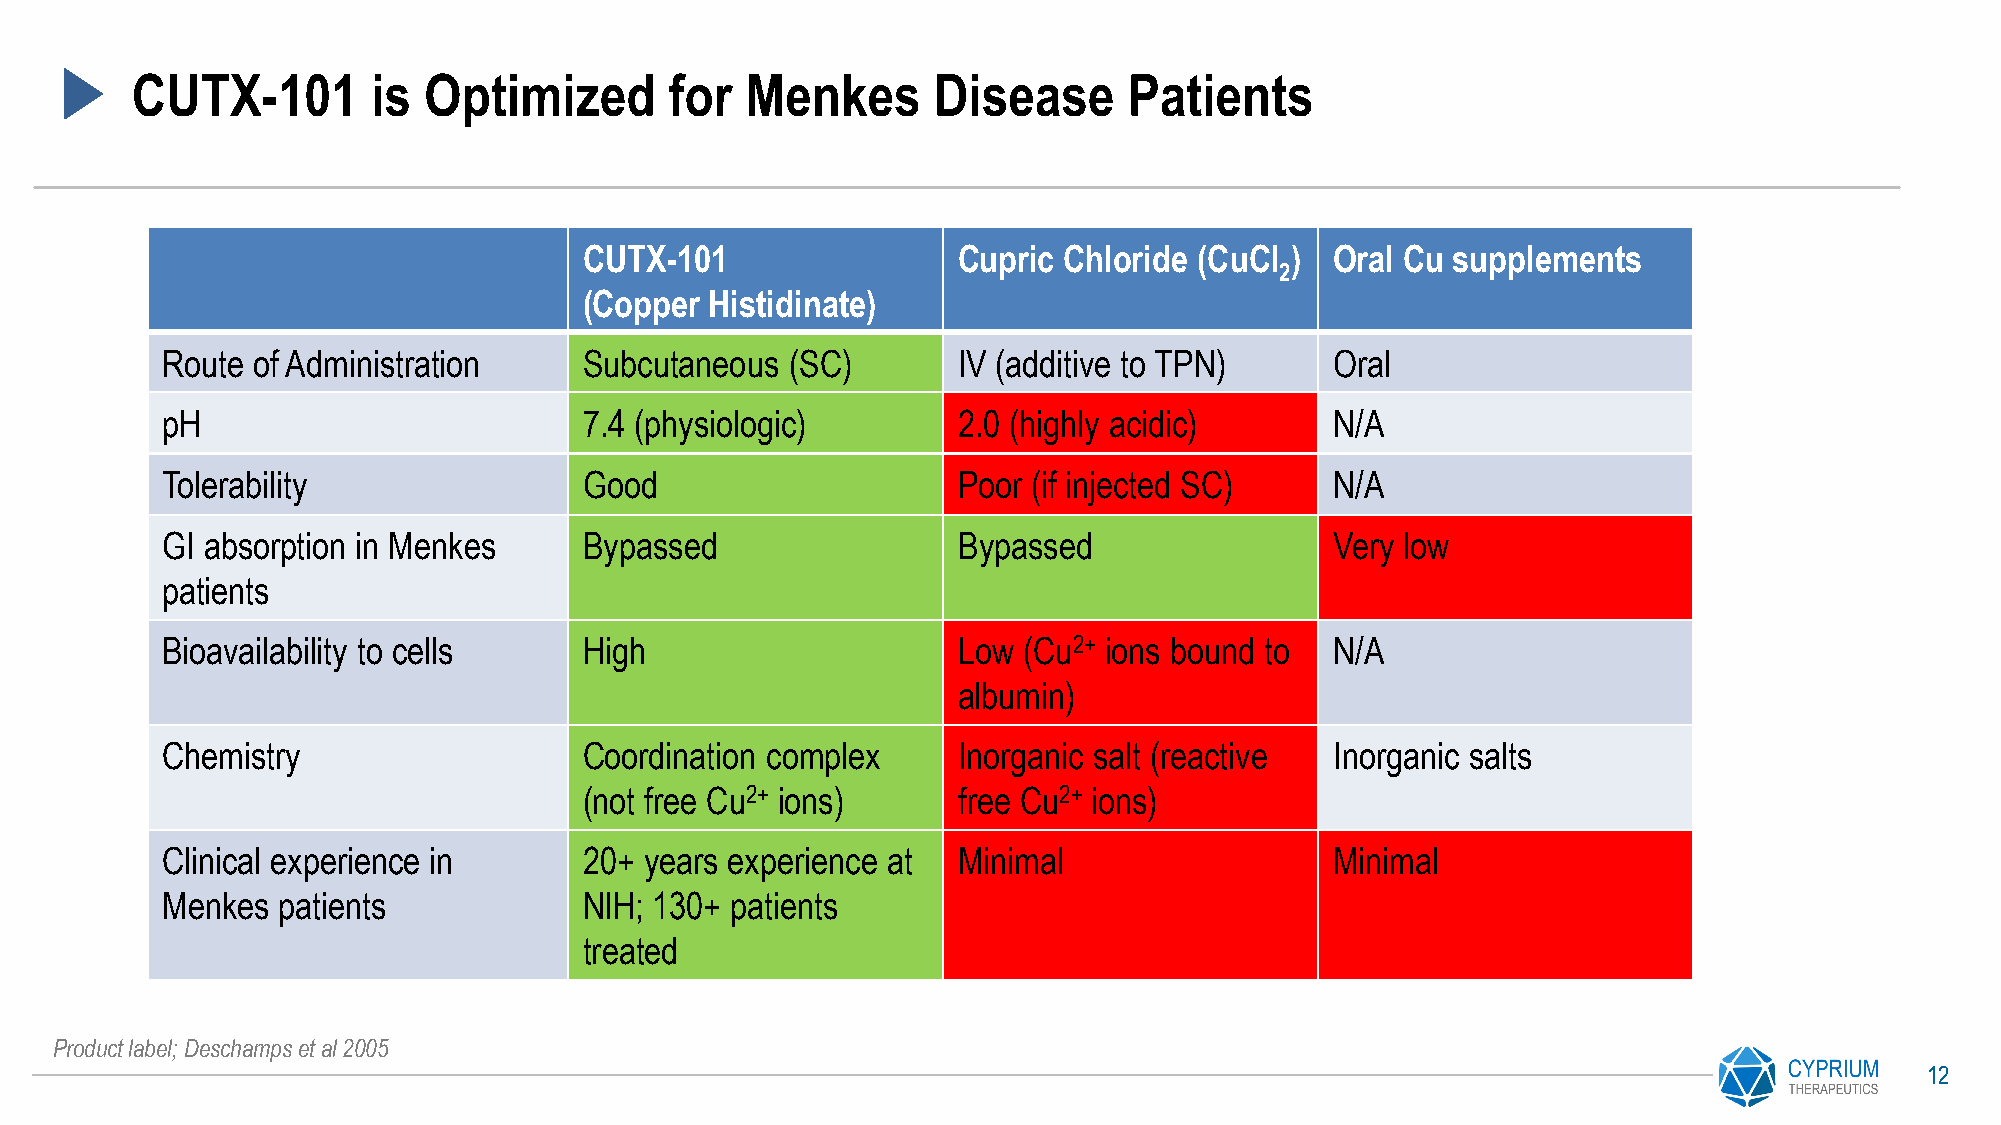
CUTX-101        is Optimized       for  Menkes       Disease      Patients
 CUTX-101                Cupric Chloride (CuCl )  Oral Cu supplements
 2
 (Copper Histidinate)
 Route of Administration     Subcutaneous (SC)       IV (additive to TPN)     Oral
 pH                          7.4 (physiologic)       2.0 (highly acidic)      N/A
 Tolerability                Good                    Poor (if injected SC)    N/A
 GI absorption in Menkes     Bypassed                Bypassed                 Very low
 patients
 Bioavailability to cells    High                    Low  (Cu2+ ions bound to N/A
 albumin)
 Chemistry                   Coordination complex    Inorganic salt (reactive Inorganic salts
 (not free Cu2+ ions)    free Cu2+ ions)
 Clinical experience in      20+ years experience at Minimal                  Minimal
 Menkes patients             NIH; 130+ patients
 treated
 Product label; Deschamps et al 2005
 12